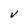
Character: V